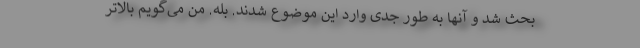
بحث شد و آنها به طور جدی وارد این موضوع شدند. بله. من می‌گویم بالاتر